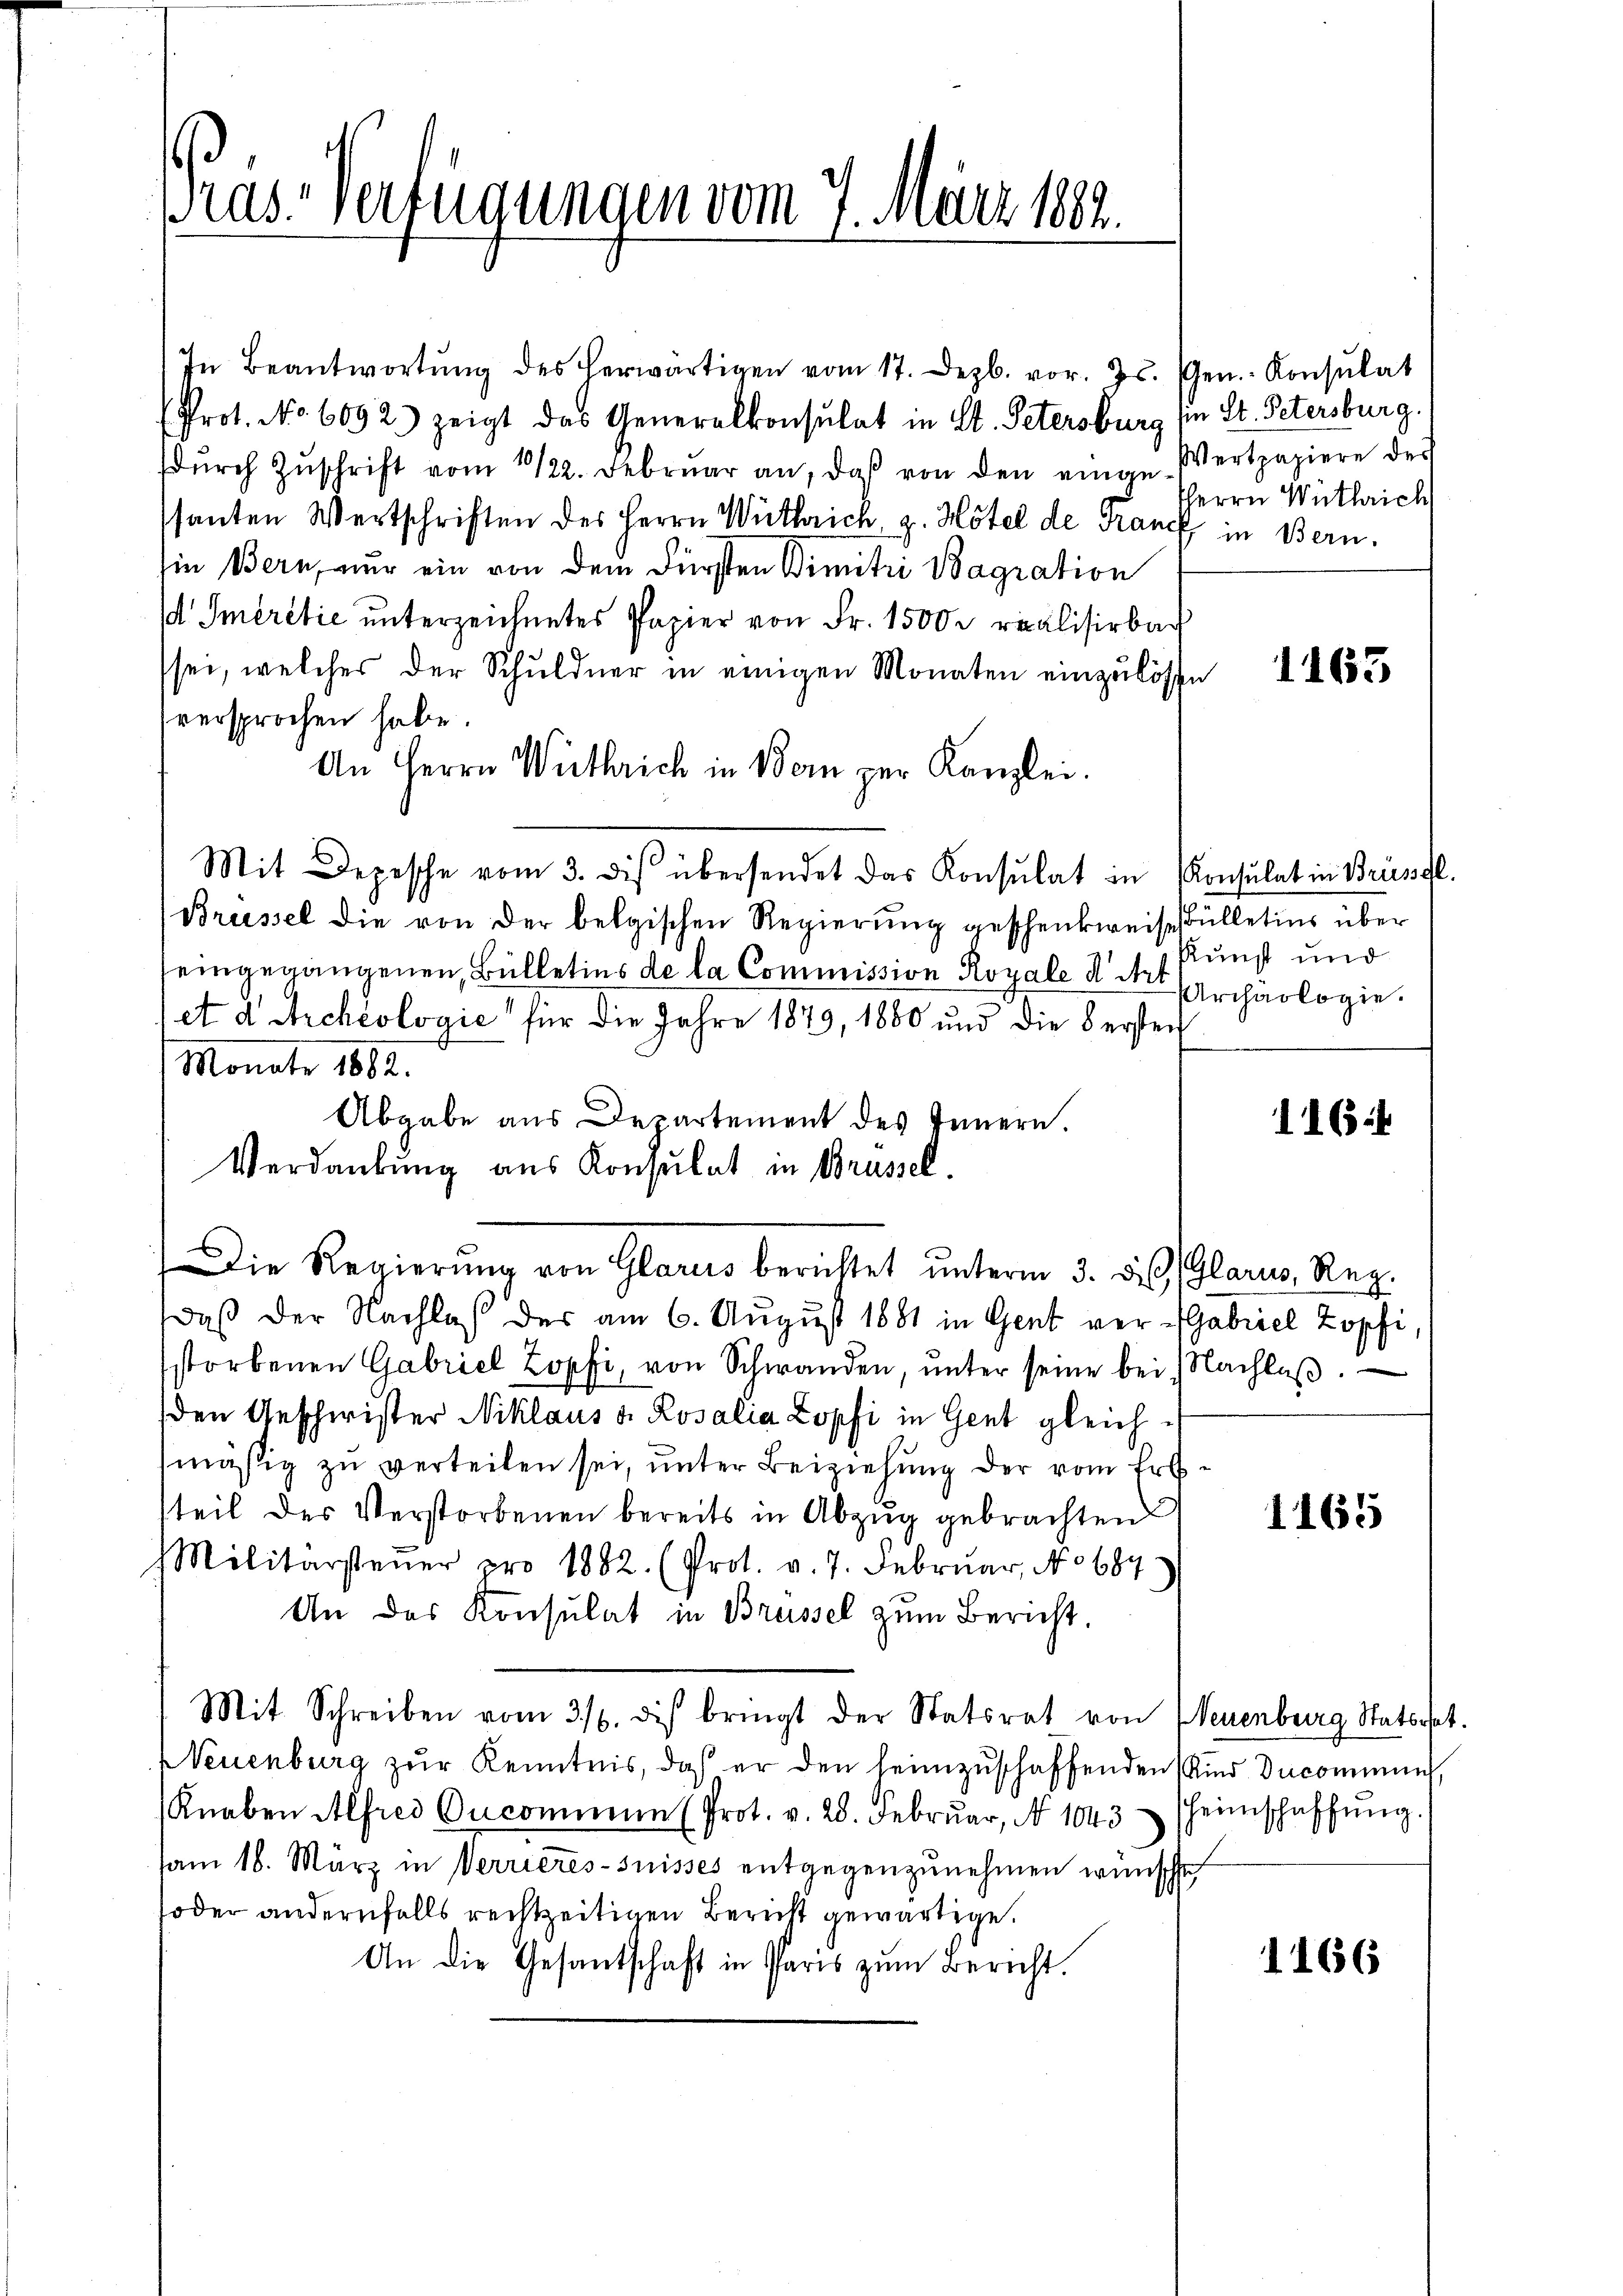
In Beantwortŭng des herwärtigen vom 17. Dezb. vor. Js. Gen. Konsulat
Prot. No. 6092) zeigt das Generalkonsulat in St. Petersburg (in St. Petersburg.
dŭrch Zŭschrift vom 10/22. Febrŭar an, daβ von den einge-Wertpapiere der
ssanten Wertschriften des Herrn Wuthrich, z. Hotel de Franck in Bern.
Ein Bern, nur ein von dem Fürsten Bimitzi Bagration
d Smeritie unterzeichnetes Papier von Fr. 1500 r realisirbach
sei, welches der Schuldner in einigen Monaten einzulösse
versprochen habe.
An Herrn Wuthrich in Bern zur Kanzlei.
Mit Depesche vom 3. des übersendet das Konsulat in Konsulat in Briessl.
Brüssel die von der belgischen Regierung geschenkweise Fülletins über
seingegangenen Bülletins de la Commission Royale der Archäologie
et d Archéologie für die Jahre 1879, 1880 und die 8 ersten
Monate 1882.
Abgabe aus Departement des Innern.
Verdankung aus Konsulat in Brüssel.
Die Regierŭng von Glarus berichtet unterm 3. d. Glarus, Reg.
daß der Nachlaß der am 6. August 1881 in Gent ver-Gabriel Zopfi
storbenen Gabriel Zopfi, von Schwanden, ŭnter seine bei Nachlaβ.
den Geschwister Niklaus v. Rosalia Zopfi in Gent gleichmäßig zu verteilen sei, unter Beiziehung der vom Erbsteil des Verstorbenen bereits in Abzug gebrachten
Militärsteŭer pro 1882. (Prot. v. 7. Febrŭar, No 687)
An das Konsulat in Brüssel zum Bericht.
Mit Schreiben vom 3./. dis bringt der Statsrat von Neuenburg Statortet.
Neuenburg zur Kenntnis, das er den heimzuschaffenden Kind Ducommung,
Knaben Alfred Oncommen (Prot. v. 28. Febrŭar, No 1043 heimschaffŭng.
sam 18. März in Verrieres-Suisses entgegenzunehmen wünschte
soder andernfalls rechtzeitigen Bericht gewärtige.
An die Gesantschaft in Paris zŭm Bericht.

Pras Verfügungen vom 7. März 1882.

Herrn Wuthrich

1165

Kunst und

116

1165

1266